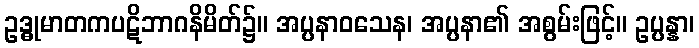
ဥဒ္ဓုမာတကပဋိဘာဂနိမိတ်၌။ အပ္ပနာဝသေန၊ အပ္ပနာ၏ အစွမ်းဖြင့်။ ဥပ္ပန္နာ၊